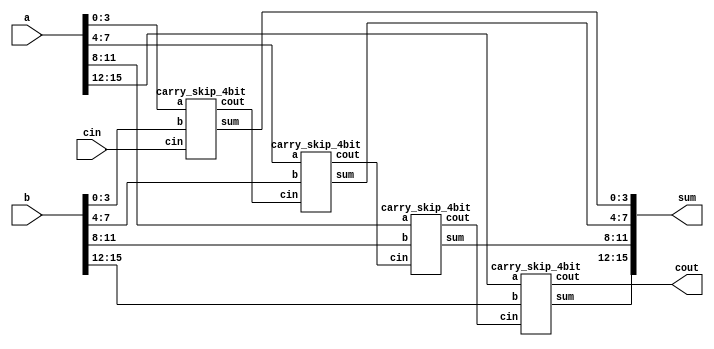
module carry_skip_16bit(a, b, cin, sum, cout);
input [15:0] a,b;
input cin;
output cout;
output [15:0] sum;
 
wire [2:0] c;
 
carry_skip_4bit csa1(.a(a[3:0]), .b(b[3:0]), .cin(cin), .sum(sum[3:0]), .cout(c[0]));
carry_skip_4bit csa2 (.a(a[7:4]), .b(b[7:4]), .cin(c[0]), .sum(sum[7:4]), .cout(c[1]));
carry_skip_4bit csa3(.a(a[11:8]), .b(b[11:8]), .cin(c[1]), .sum(sum[11:8]), .cout(c[2]));
carry_skip_4bit csa4(.a(a[15:12]), .b(b[15:12]), .cin(c[2]), .sum(sum[15:12]), .cout(cout));
 
endmodule
 
module carry_skip_4bit(a, b, cin, sum, cout);
input [3:0] a,b;
input cin;
output [3:0] sum;
output cout;
wire [3:0] p;
wire c0;
wire bp;
 
ripple_carry_4_bit rca1 (.a(a[3:0]), .b(b[3:0]), .cin(cin), .sum(sum[3:0]), .cout(c0));
generate_p p1(a,b,p,bp);
mux2X1 m0(.in0(c0),.in1(cin),.sel(bp),.out(cout));
 
endmodule
 
module generate_p(a,b,p,bp);
input [3:0] a,b;
output [3:0] p;
output bp;
assign p= a^b;
assign bp= &p;
endmodule
 

module ripple_carry_4_bit(a, b, cin, sum, cout);
input [3:0] a,b;
input cin;
wire c1,c2,c3;
output [3:0] sum;
output cout;
 
full_adder fa0(.a(a[0]), .b(b[0]),.cin(cin), .sum(sum[0]),.cout(c1));
full_adder fa1(.a(a[1]), .b(b[1]), .cin(c1), .sum(sum[1]),.cout(c2));
full_adder fa2(.a(a[2]), .b(b[2]), .cin(c2), .sum(sum[2]),.cout(c3));
full_adder fa3(.a(a[3]), .b(b[3]), .cin(c3), .sum(sum[3]),.cout(cout));
endmodule
 
module full_adder(a,b,cin,sum, cout);
input a,b,cin;
output sum, cout;
wire x,y,z;
half_adder h1(.a(a), .b(b), .sum(x), .cout(y));
half_adder h2(.a(x), .b(cin), .sum(sum), .cout(z));
or or_1(cout,z,y);
endmodule


module half_adder( a,b, sum, cout );
input a,b;
output sum, cout;
xor xor_1 (sum,a,b);
and and_1 (cout,a,b);
endmodule
 

module mux2X1( in0,in1,sel,out);
input in0,in1;
input sel;
output out;
assign out=(sel)?in1:in0;
endmodule


module carry_skip_16bit_tb;
wire [15:0] sum;
wire cout;
reg [15:0] a,b;
reg cin;
 
carry_skip_16bit uut(.a(a),.b(b),.cin(cin),.sum(sum),.cout(cout));
 
initial begin
     a=0; b=0; cin=0;
#10 a= 16'b0000000000000101; b=16'b000000000000101; cin=1'b1;
#10 a= 16'b0000000000011111; b=16'b000000000001100; cin=1'b0;
#10 a= 16'b0000000000011111; b=16'b000000000001100; cin=1'b0;
#10 a= 16'b1100011000011111; b=16'b000000110001100; cin=1'b1;
#10 a= 16'b1111111111111111; b=16'b000000000000000; cin=1'b1;
#10 a =16'b0000000000000001; b=16'b000000000000001; cin=1'b1;
#10 a =16'b0000000000000010; b=16'b000000000000010; cin=1'b1;
end
 
initial
$monitor("time= ", $time, "A=%b, B=&b, Cin=%b : Sum= %b, Cout=%cout",a,b,cin,sum,cout);
endmodule